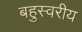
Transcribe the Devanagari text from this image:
बहुस्वरीय